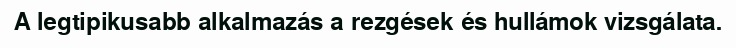
A legtipikusabb alkalmazás a rezgések és hullámok vizsgálata.